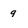
Character: 9